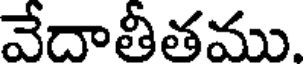
వేదాతీతము.